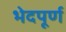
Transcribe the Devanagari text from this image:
भेदपूर्ण